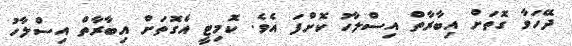
ދޭހަވާ ގޮތަށް އިބާރާތް އިސްލާހު ކޮށްފަ އެވެ. ކޮމިޓީ އެގޮތަށް އިބާރާތް އިސްލާހު